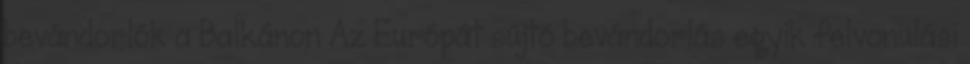
bevándorlók a Balkánon Az Európát sújtó bevándorlás egyik felvonulási